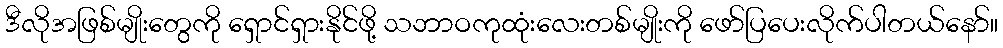
ဒီလိုအဖြစ်မျိုးတွေကို ရှောင်ရှားနိုင်ဖို့ သဘာဝကုထုံးလေးတစ်မျိုးကို ဖော်ပြပေးလိုက်ပါတယ်နော်။